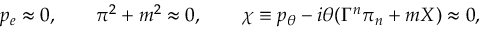
p _ { e } \approx 0 , \qquad \pi ^ { 2 } + m ^ { 2 } \approx 0 , \qquad \chi \equiv p _ { \theta } - i \theta ( \Gamma ^ { n } \pi _ { n } + m X ) \approx 0 ,